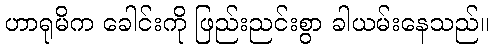
ဟာရုမိက ခေါင်းကို ဖြည်းညင်းစွာ ခါယမ်းနေသည်။